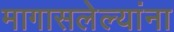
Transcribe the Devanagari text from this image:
मागासलेल्यांना